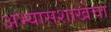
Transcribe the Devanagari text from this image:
अभ्यासशाखेचा